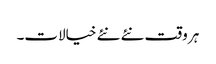
ہر وقت نئے نئے خیالات۔